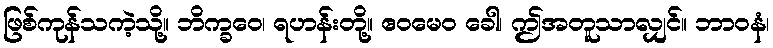
ဖြစ်ကုန်သကဲ့သို့။ ဘိက္ခဝေ၊ ရဟန်းတို့။ ဧဝမေဝ ခေါ၊ ဤအတူသာလျှင်။ ဘာဝနံ၊